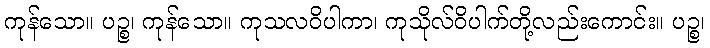
ကုန်သော။ ပဉ္စ၊ ကုန်သော။ ကုသလဝိပါကာ၊ ကုသိုလ်ဝိပါက်တို့လည်းကောင်း။ ပဉ္စ၊